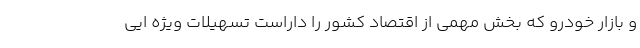
و بازار خودرو که بخش مهمی از اقتصاد کشور را داراست تسهیلات ویژه ایی